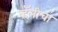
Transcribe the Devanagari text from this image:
व्हॅलीचा